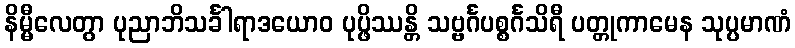
နိမ္မီလေတွာ ပုညာဘိသင်္ခါရာဒယောဝ ပုပ္ဖိဿန္တိ သဗ္ဗင်္ဂပစ္စင်္ဂသိရီ ပတ္တုကာမေန သုပ္ပမာဏံ